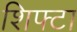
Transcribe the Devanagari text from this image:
शिफ्टा